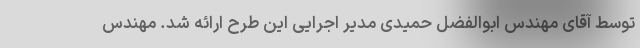
توسط آقای مهندس ابوالفضل حمیدی مدیر اجرایی این طرح ارائه شد. مهندس